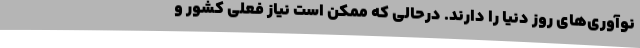
نوآوری‌های روز دنیا را دارند. درحالی که ممکن است نیاز فعلی کشور و